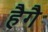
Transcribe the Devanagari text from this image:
हैगै